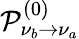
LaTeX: \mathcal{P}_{\nu_{b}\rightarrow\nu_{a}}^{(0)}